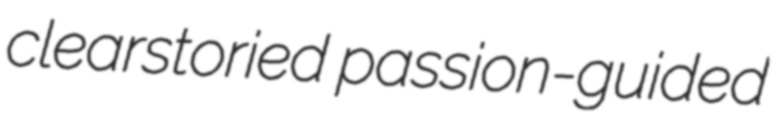
clearstoried passion-guided